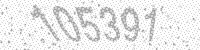
Solution: 105391